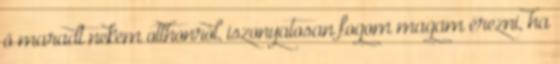
ő maradt nekem otthonról, iszonyatosan fogom magam érezni, ha